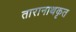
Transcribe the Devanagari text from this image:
तारानाथकृत